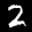
Label: 2